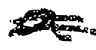
Text: a
Cross-out: double-line
Writing tool: digital_black